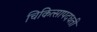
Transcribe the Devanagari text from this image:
चिकित्सापदधती